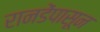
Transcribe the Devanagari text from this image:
रानडेंपासून